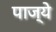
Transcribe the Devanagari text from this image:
पाज्ये